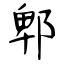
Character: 郫